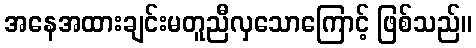
အနေအထားချင်းမတူညီလှသောကြောင့် ဖြစ်သည်။